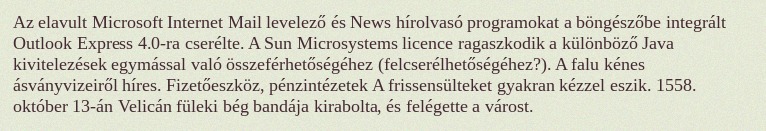
Az elavult Microsoft Internet Mail levelező és News hírolvasó programokat a böngészőbe integrált Outlook Express 4.0-ra cserélte. A Sun Microsystems licence ragaszkodik a különböző Java kivitelezések egymással való összeférhetőségéhez (felcserélhetőségéhez?). A falu kénes ásványvizeiről híres. Fizetőeszköz, pénzintézetek A frissensülteket gyakran kézzel eszik. 1558. október 13-án Velicán füleki bég bandája kirabolta, és felégette a várost.